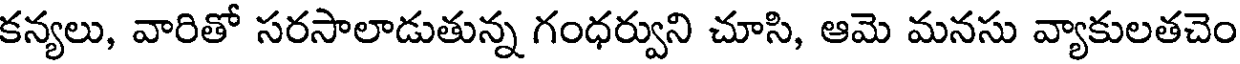
కన్యలు, వారితో సరసాలాడుతున్న గంధర్వుని చూసి, ఆమె మనసు వ్యాకులతచెం